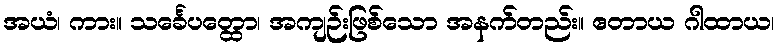
အယံ၊ ကား။ သင်္ခေပတ္ထော၊ အကျဉ်းဖြစ်သော အနက်တည်း။ ဧတာယ ဂါထာယ၊